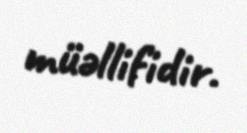
müəllifidir.